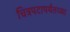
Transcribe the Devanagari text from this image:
चित्रपटापर्यंतच्या